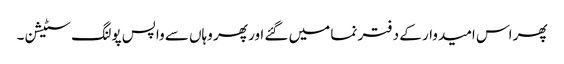
پھر اس امیدوار کے دفتر نما میں گئے اور پھر وہاں سے واپس پولنگ سٹیشن۔